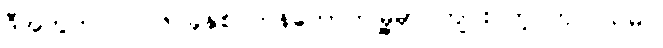
ဒီအတွက် ၂၀၀၆ ခုနှစ် ဘန်ကောက်မြို့မှာ ကျင်းပတဲ့ ကုလသမဂ္ဂ